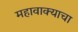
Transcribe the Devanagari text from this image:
महावाक्याचा